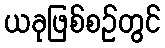
ယခုဖြစ်စဉ်တွင်